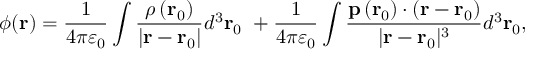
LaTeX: \phi ( \mathbf { r } ) = { \frac { 1 } { 4 \pi \varepsilon _ { 0 } } } \int { \frac { \rho \left( \mathbf { r } _ { 0 } \right) } { \left| \mathbf { r } - \mathbf { r } _ { 0 } \right| } } d ^ { 3 } \mathbf { r } _ { 0 } \ + { \frac { 1 } { 4 \pi \varepsilon _ { 0 } } } \int { \frac { \mathbf { p } \left( \mathbf { r } _ { 0 } \right) \cdot \left( \mathbf { r } - \mathbf { r } _ { 0 } \right) } { | \mathbf { r } - \mathbf { r } _ { 0 } | ^ { 3 } } } d ^ { 3 } \mathbf { r } _ { 0 } ,